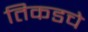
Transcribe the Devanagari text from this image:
तिकडचे